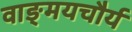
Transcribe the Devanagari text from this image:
वाङ्‌मयचौर्य